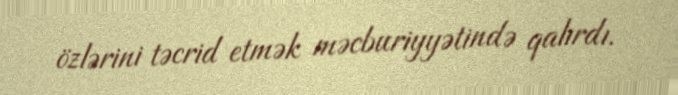
özlərini təcrid etmək məcburiyyətində qalırdı.